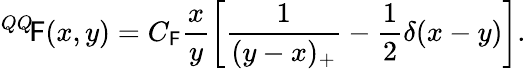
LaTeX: {^{QQ}\! \mathsf{F}}(x,y)=C_{\mathsf{F}}\frac{{x}}{{y}}\left[\frac{{1}}{{(y-x)_{+}}}-\frac{{1}}{{2}}\delta(x-y)\right].